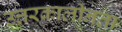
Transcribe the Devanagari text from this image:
उत्तरकालीनता